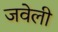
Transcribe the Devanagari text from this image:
जवेली